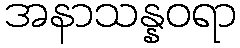
အနာသန္နဝရာ